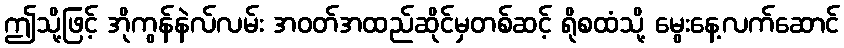
ဤသို့ဖြင့် အိုကွန်နဲလ်လမ်း အဝတ်အထည်ဆိုင်မှတစ်ဆင့် ရိုစထံသို့ မွေးနေ့လက်ဆောင်